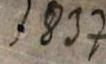
1837